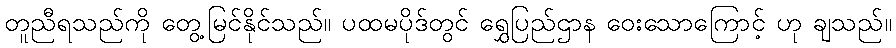
တူညီရသည်ကို တွေ့မြင်နိုင်သည်။ ပထမပိုဒ်တွင် ရွှေပြည်ဌာန ဝေးသောကြောင့် ဟု ချသည်။